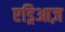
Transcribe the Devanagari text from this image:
एड्रिआज़